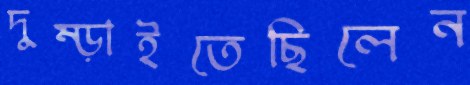
দুম্‌ড়াইতেছিলেন